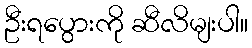
ဦးရပွေားကို ဆီလိမျးပါ။